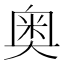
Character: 奥